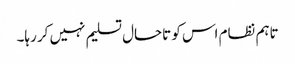
تاہم نظام اس کو تاحال تسلیم نہیں کر رہا۔